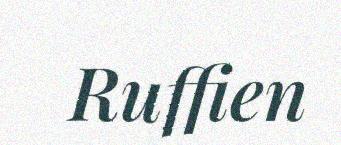
Ruffien